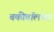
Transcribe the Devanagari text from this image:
बकीबॉलच्या